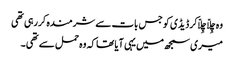
وہ چِلّا چِلّاکر ڈیڈی کو جس بات سے شرمندہ کررہی تھی
میری سمجھ میں یہی آیا تھا کہ وہ حمل سے تھی ۔